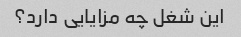
این شغل چه مزایایی دارد؟